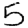
Digit: 5